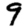
Digit: 9